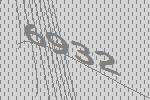
6932